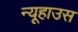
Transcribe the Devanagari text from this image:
न्यूहाउस